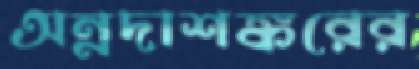
অন্নদাশঙ্করের